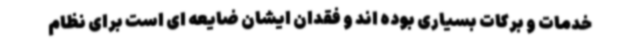
خدمات و برکات بسیاری بوده اند و فقدان ایشان ضایعه ای است برای نظام